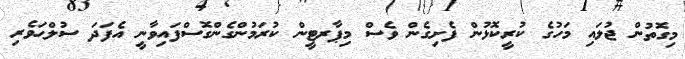
މިގޮތުން ޖުލައި މަހުގެ ކުރީކޮޅުން ފެށިގެން ވެސް މިޕާރޓީން ކުރަމުންގެންގޮސްފައިވާނީ އެފަދަ ސުލްޙަވެރި